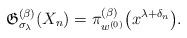
LaTeX: \begin{gather*} \mathfrak{G}_{\sigma_{\lambda}}^{(\beta)}(X_n) = \pi_{w^{(0)}}^{(\beta)}\big(x^{\lambda+\delta_{n}}\big).\end{gather*}